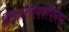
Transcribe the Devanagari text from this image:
बृहदारणयकोपनिषद